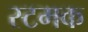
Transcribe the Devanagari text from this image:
स्टमक